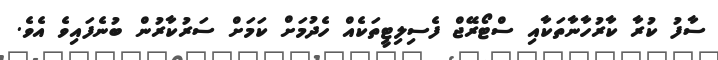
ސާފު ކުރާ ކާރުހާނާތަކާއި ސްޓޯރޭޖް ފެސިލިޓީތަކެއް ހެދުމަށް ކަމަށް ސަރުކާރުން ބުނެފައިވެ އެވެ.